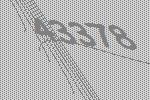
43378